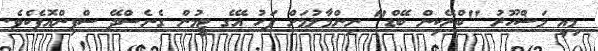
މިއީ މަޝްހޫރު "ބްރޭކިން ބޭޑް" ނިންމާލުމަށް ފަހު އޭގެ ޓީމުން ގެނެސްދޭ ސްޕިންއޮފެކެވެ.